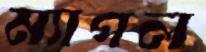
ম্যাপল